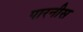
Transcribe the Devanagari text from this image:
पारनीस